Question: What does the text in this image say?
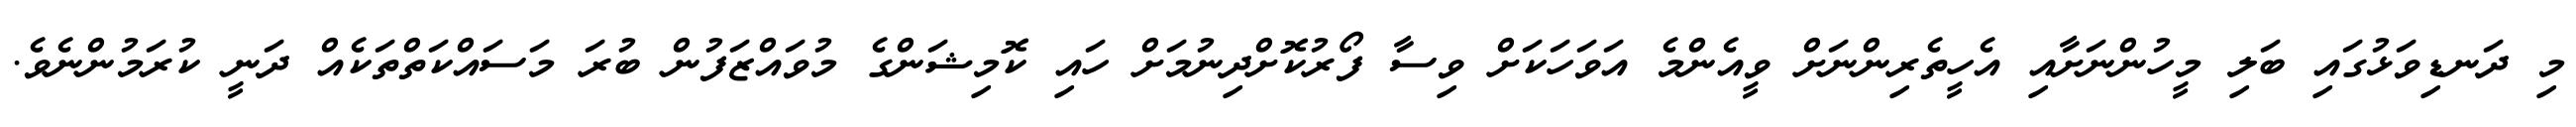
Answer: މި ދަނޑިވަޅުގައި ބަލި މީހުންނަށާއި އެހީތެރިންނަށް ވީއެންމެ އަވަހަކަށް ވިސާ ފޯރުކޮށްދިނުމަށް ހައި ކޮމިޝަންގެ މުވައްޒަފުން ބުރަ މަސައްކަތްތަކެއް ދަނީ ކުރަމުންނެވެ.